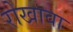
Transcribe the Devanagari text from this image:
रोखावा